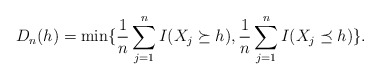
\begin{align*}D_{n}(h)=\min\{\frac{1}{n} \sum_{j=1}^n I( X_j \succeq h), \frac{1}{n} \sum_{j=1}^n I( X_j \preceq h)\}.\end{align*}